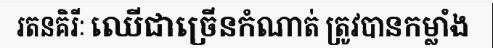
រតនគិរីៈ ឈើជាច្រើនកំណាត់ ត្រូវបានកម្លាំង